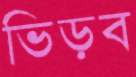
ভিড়ব